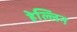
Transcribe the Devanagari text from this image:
हेल्लिन